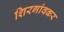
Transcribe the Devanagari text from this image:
शिरगांवकर